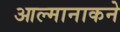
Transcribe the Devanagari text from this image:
आल्मानाकने